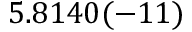
5 . 8 1 4 0 ( - 1 1 )